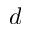
d